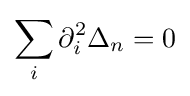
\sum _{i}\partial _{i}^{2}\Delta _{n}=0